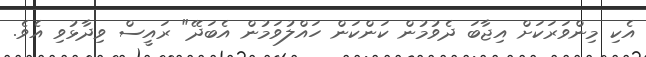
އެކި މިންވަރަކަށް އިޖާބަ ދެވުމުން ކަންކަން ހައްލުވަމުން އެބަދޭ" ރައީސް ވިދާޅުވި އެވެ.